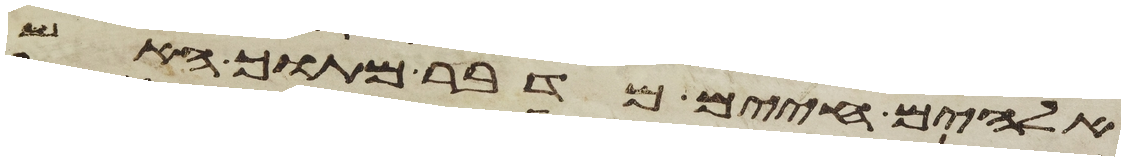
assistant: אלהים חיים מדבר מתוך האש